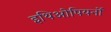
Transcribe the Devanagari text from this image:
इथिओपियनों